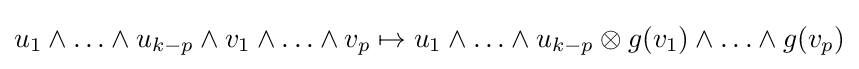
u_{1}\wedge \ldots \wedge u_{k-p}\wedge v_{1}\wedge \ldots \wedge v_{p}\mapsto u_{1}\wedge \ldots \wedge u_{k-p}\otimes g(v_{1})\wedge \ldots \wedge g(v_{p})